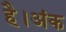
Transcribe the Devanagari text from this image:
है।अंक